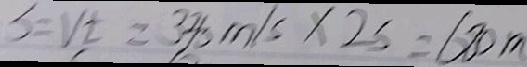
S = V t = 3 3 8 m / s \times 2 s = 6 8 0 m